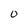
Character: O